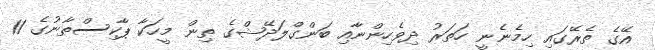
އޭގެ ތެރޭގައި ހިމެނެނީ ހަތަރު ދިވެހިންނާއި ބަންގްލަދޭޝްގެ ތިން މީހަކާ ޕާކިސްތާނުގެ 11